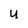
Character: u